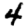
Digit: 4